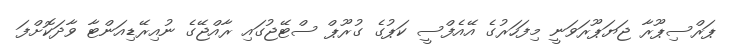
ޕަރްސިޕޫރާ ޖަޔަޕޫރަވަނީ މިފަހަރުގެ އޭއެފްސީ ކަޕުގެ ގުރޫޕް ސްޓޭޖުގައި ރާއްޖޭގެ ނުއިރޭޑިއަންޓާ ވާދަކޮށްފަ